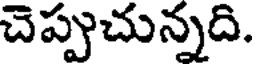
చెప్పుచున్నది.